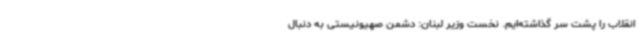
انقلاب را پشت سر گذاشته‌ایم. نخست وزیر لبنان: دشمن صهیونیستی به دنبال